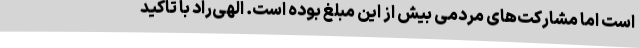
است اما مشارکت‌های مردمی بیش از این مبلغ بوده است. الهی‌راد با تاکید